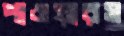
পাওয়ারস